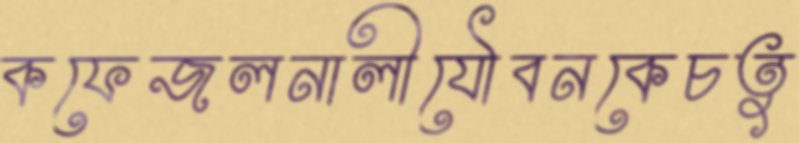
কফেজলনালীযৌবনকেচতু